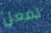
تفعل